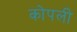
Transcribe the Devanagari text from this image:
कोपली